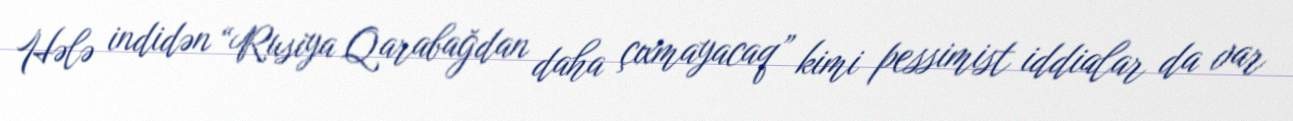
Hələ indidən “Rusiya Qarabağdan daha çıxmayacaq” kimi pessimist iddialar da var